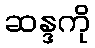
ဆန္ဒကို